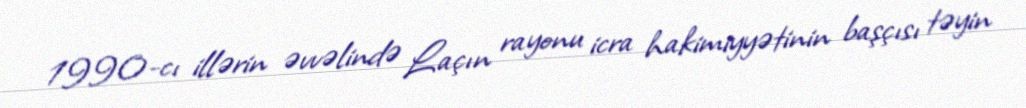
1990-cı illərin əvvəlində Laçın rayonu icra hakimiyyətinin başçısı təyin